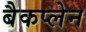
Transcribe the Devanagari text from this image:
बैकप्लेन